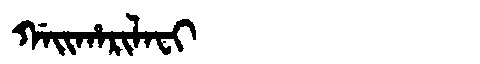
Manchu: ᡤᠠᡳᡥᠠᡵᡳᠯᠠᠸᡳ
Romanization: GAIHARILAFI